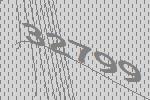
32799